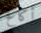
أكافح